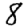
Digit: 8